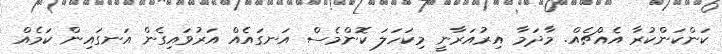
ކަންކަންކުރާ އެއްޗެއް. މާދަމާ އިރުއަރާނީ މިކަހަލަ ކޮންމެސް އަނގައެއް އަރުވައިގެން އަނގައިން ކަމެއް